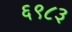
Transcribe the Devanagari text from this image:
६९८३